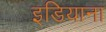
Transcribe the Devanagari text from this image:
इडियाना